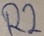
Text: R2